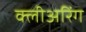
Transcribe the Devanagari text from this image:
क्लीअरिंग